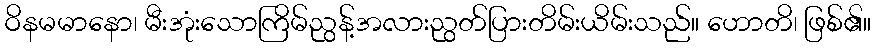
ဝိနမမာနော၊ မီးအုံးသောကြိမ်ညွန့်အလားညွတ်ပြားတိမ်းယိမ်းသည်။ ဟောတိ၊ ဖြစ်၏။